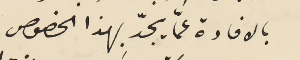
بالافادة عمَّا يجدّ بهذا الخصوص